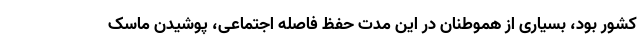
کشور بود، بسیاری از هموطنان در این مدت حفظ فاصله اجتماعی، پوشیدن ماسک